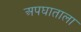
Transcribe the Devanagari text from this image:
अपघाताला